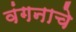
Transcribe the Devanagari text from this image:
वंगनाचे